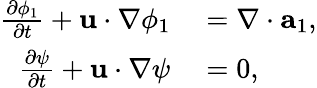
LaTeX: \begin{array}{rl}{\frac{\partial\phi_{1}}{\partial t}+\textbf{u}\cdot\nabla\phi_{1}}&{{}=\nabla\cdot\textbf{a}_{1},}\\ {\frac{\partial\psi}{\partial t}+\textbf{u}\cdot\nabla\psi}&{{}=0,}\end{array}